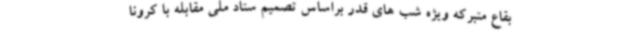
بقاع متبرکه ویژه شب های قدر براساس تصمیم ستاد ملی مقابله با کرونا